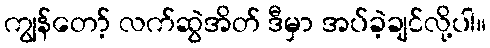
ကျွန်တော့် လက်ဆွဲအိတ် ဒီမှာ အပ်ခဲ့ချင်လို့ပါ။